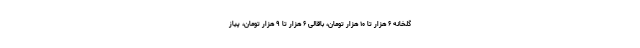
گلخانه ۶ هزار تا ۱۰ هزار تومان، باقالی ۶ هزار تا ۹ هزار تومان، پیاز